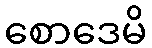
စောဒေမိ